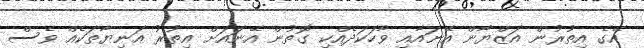
އޭގެ އިތުރުން އަޒްޔާން އޭނައާއި ވާހަކަދެއްކި ގޮތުން އޭނައަށް އިތުރު އަނިޔާތަކެއް ވެސް